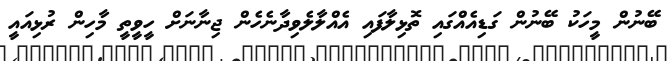
ބޭނުން މީހަކު ބޭނުން ގަޑިއެއްގައި ތޮޅިލާފައި އެއްލާލެވިދާނެހެން ޖިނާނަށް ހީވީތީ މާހިން ރުޅިއައީ